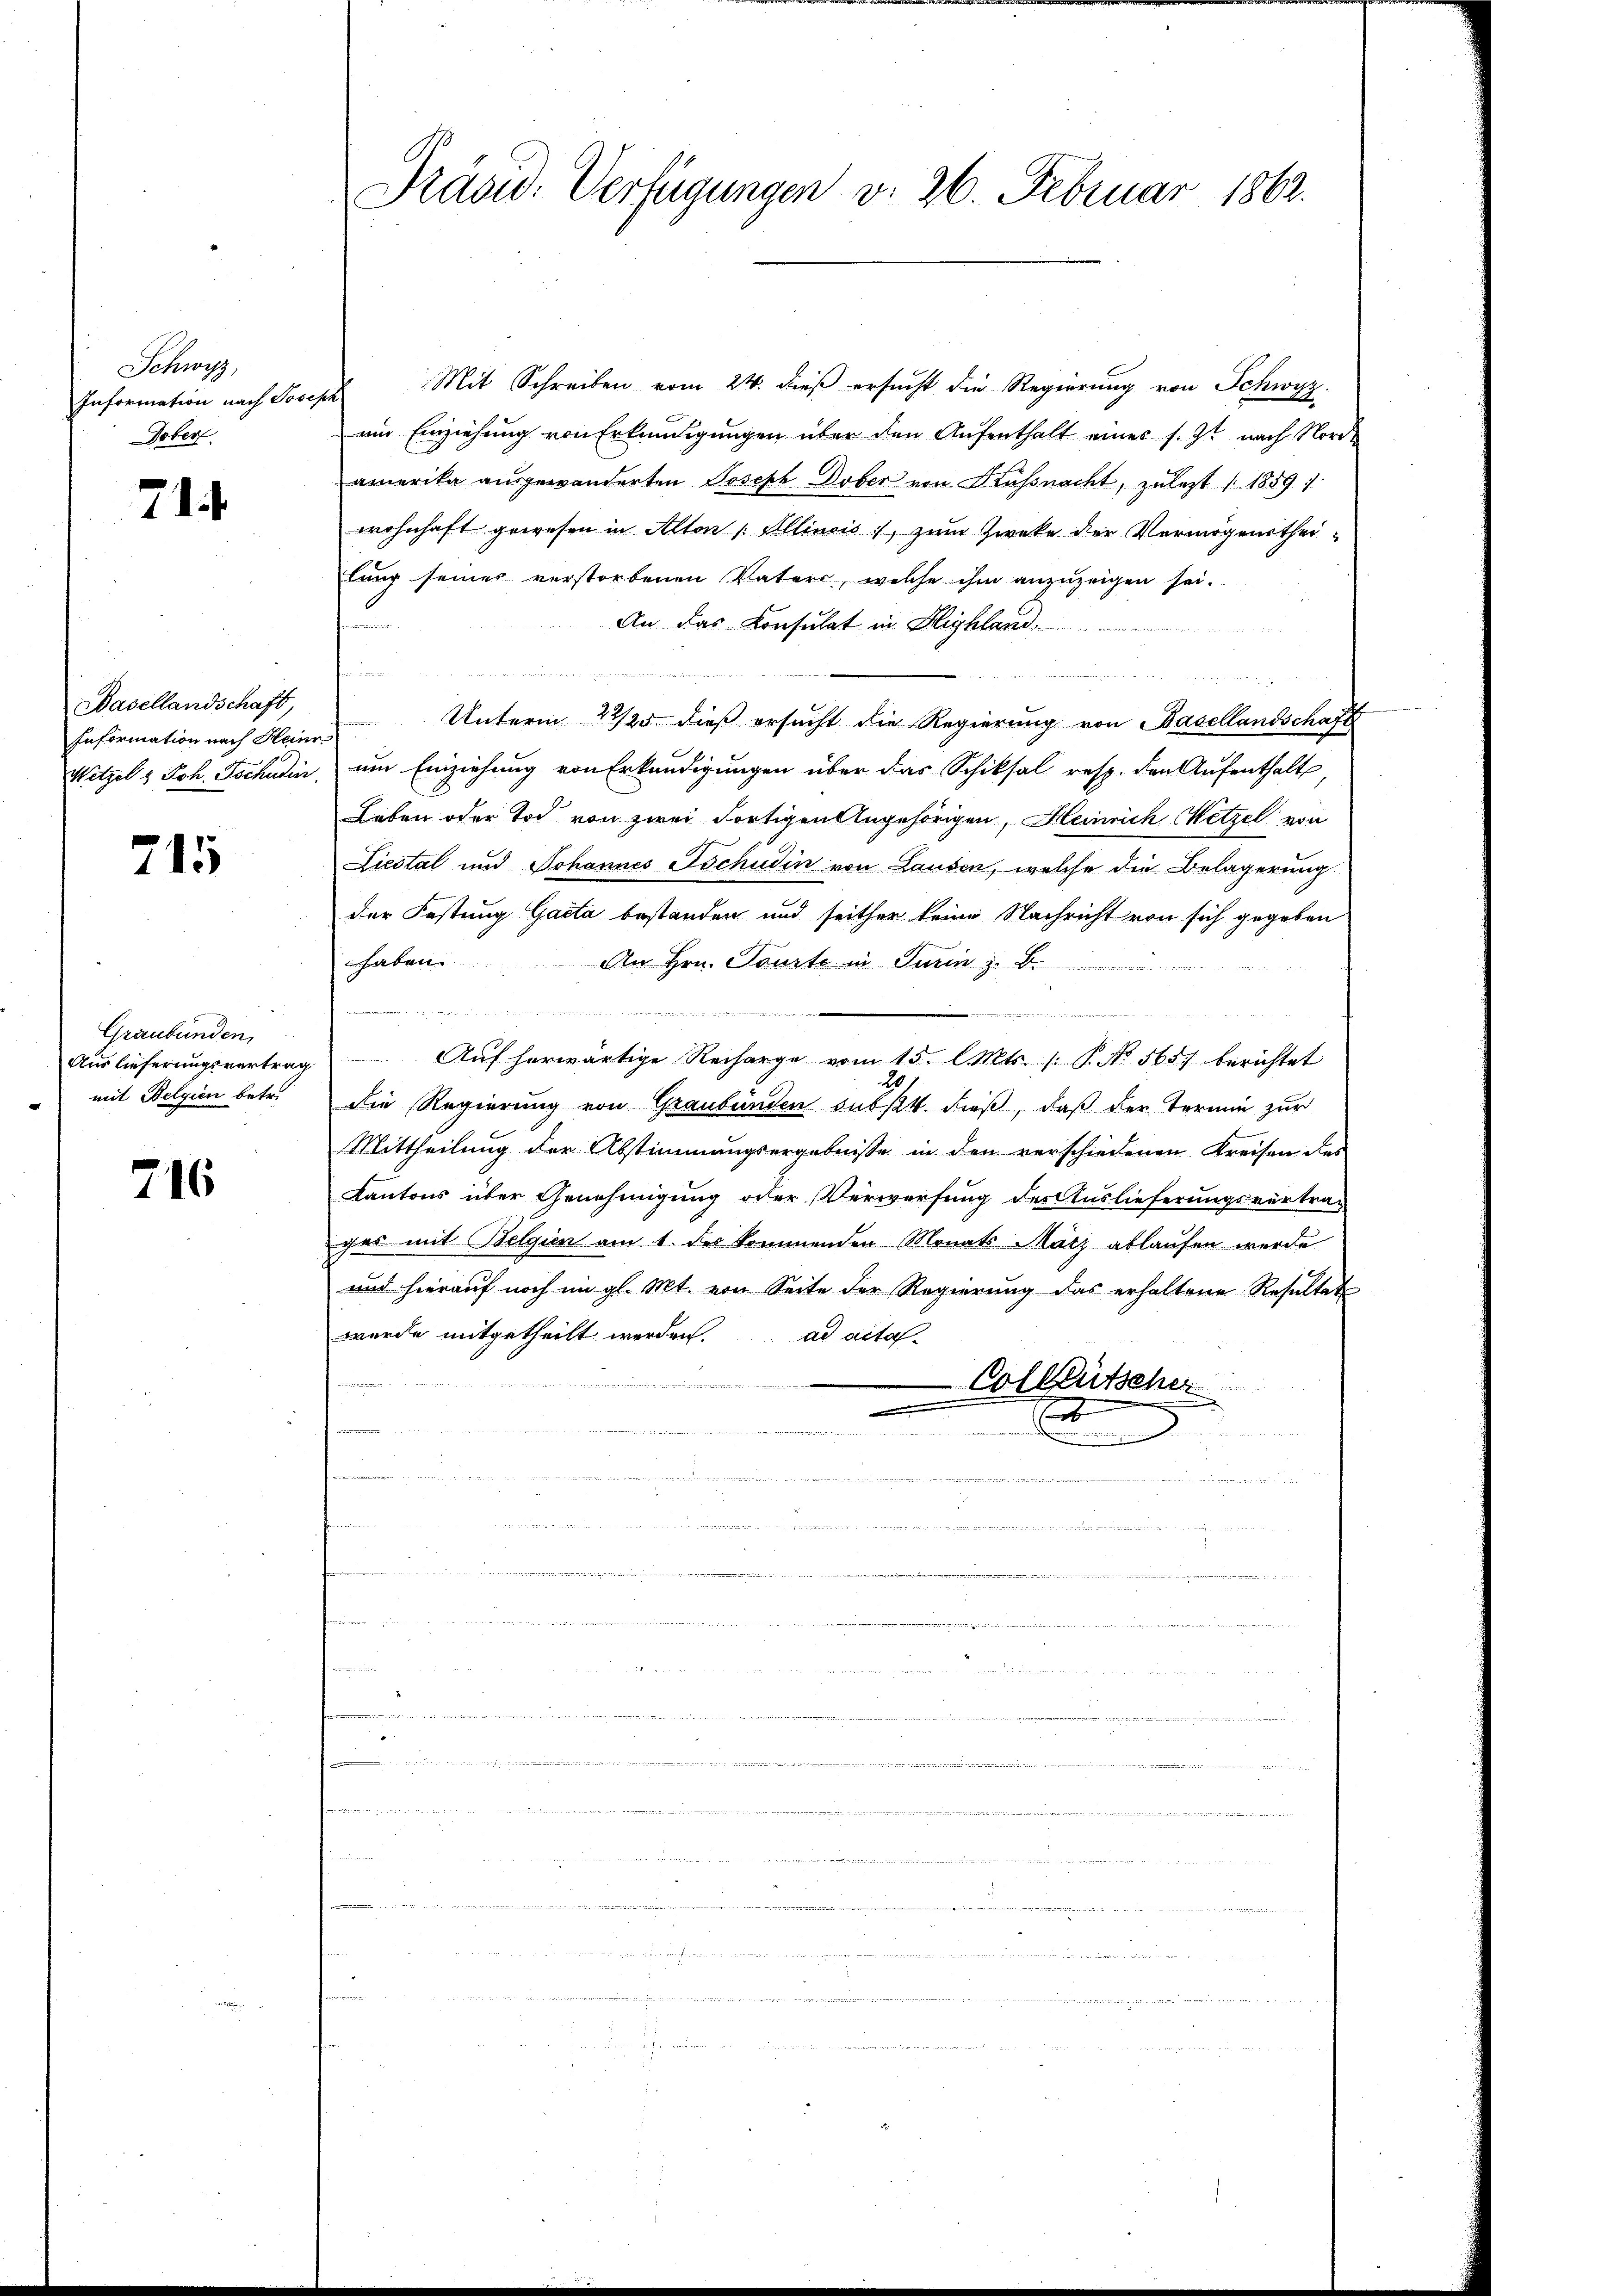
Schwyz,
Information nach Josipa
Dober

714.

Basellandschaft,
Information nach Heinr

215

Graubünden
mit Belgien betr.

716

Präsid. Verfügungen v. 26. Februar 1862.

Mit Schreiben vom 24. dieß ersucht die Regierung von Schwyz.
um Einziehung von Erkundigungen über den Aŭfenthalt eines s. Zt. nach Nord
amerika ausgewanderten Joseph Dober von Küssnacht, zuletzt (1859
wohnhaft gewesen in Alton Illinois, zum Zwecke der Vermögenstheilung seiner verstorbenen Vaters, welche ihm anzuzeigen sei.
An das Konsulat in Highland
Unterm 22/25. dieß ersucht die Regierung von Basellandschaft
Witzel & Joh. Tschudin, um Einziehung von Erkundigungen über das Schiksal resp. den Aufenthalt,
Leben oder Tod von zwei Fortigen Angehörigen, Heinrich Wetzel von
Liestal und Johannes Tschudin von Lausen, welche die Belagerung
der Fastung Gacta bestanden und seither keine Nachricht von sich gegeben
erben.
An Hrn. Tourto in Turin z. B.

e
Aŭslieferŭngsvertrag aŭf herwärtige Recharge vom 15. l. Mts. /: P. No. 565) berichtet
die Regierung von Graubünden subst. dieß, daß der Termin zur
Mittheilung der Abstimmungsergebnisse in den verschiedenen Kreisen das
Kantons über Genehmigung oder Verwerfung des Auslieferungsvertra-
ges mit Belgien am 1 des kommenden Monats März ablaufen werde
und hierauf noch im gl. Mt. von Seite der Regierung das erhaltene Resultat
wurde mitgetheilt werden. ad actal-
Colleütscher
E
u
u

e

u
a